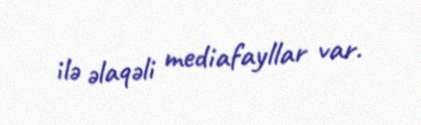
ilə əlaqəli mediafayllar var.